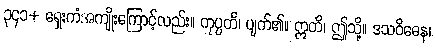
၃၄၁+ ရှေးကံအကျိုးကြောင့်လည်း။ ကုပ္ပတိ၊ ပျက်၏။ ဣတိ၊ ဤသို့။ ဒသဝိဓေန၊